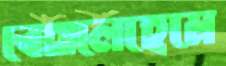
বেথলেহেমে